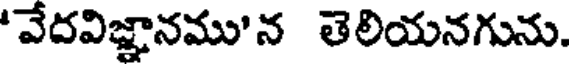
'వేదవిజ్ఞానము'న తెలియనగును.